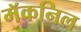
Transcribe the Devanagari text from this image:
मॅकनिल